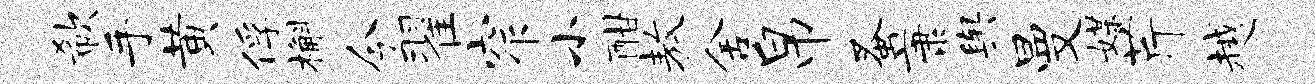
欷手黄俘槲今翟窄小酣敖舍帛蚤康舆曼媒芹越